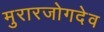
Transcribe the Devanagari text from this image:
मुरारजोगदेव